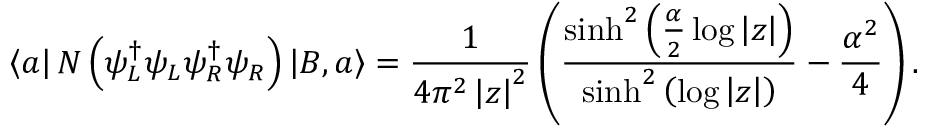
\left\langle a \right| N \left( \psi _ { L } ^ { \dagger } \psi _ { L } \psi _ { R } ^ { \dagger } \psi _ { R } \right) \left| B , a \right\rangle = \frac { 1 } { 4 \pi ^ { 2 } \left| z \right| ^ { 2 } } \left( \frac { \sinh ^ { 2 } \left( \frac { \alpha } { 2 } \log \left| z \right| \right) } { \sinh ^ { 2 } \left( \log \left| z \right| \right) } - \frac { \alpha ^ { 2 } } { 4 } \right) .